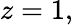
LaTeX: z=1,